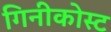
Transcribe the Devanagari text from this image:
गिनीकोस्ट